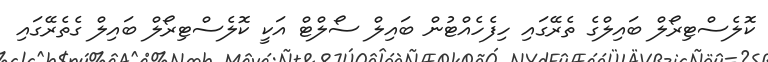
ކޮލެސްޓިރޯލް ބައިލްގެ ތެރޭގައި ހިފެހެއްޓުން ބައިލް ސޯލްޓް އަކީ ކޮލެސްޓިރޯލް ބައިލް ގެތެރޭގައި